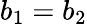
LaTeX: b_{1}=b_{2}